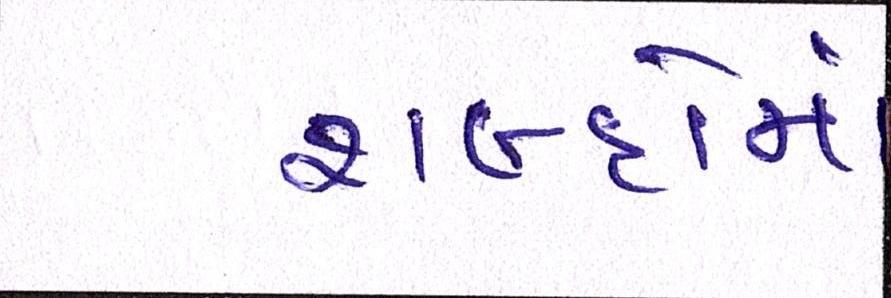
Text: શબ્દોમાં